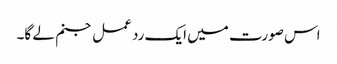
اس صورت میں ایک رد عمل جنم لے گا۔